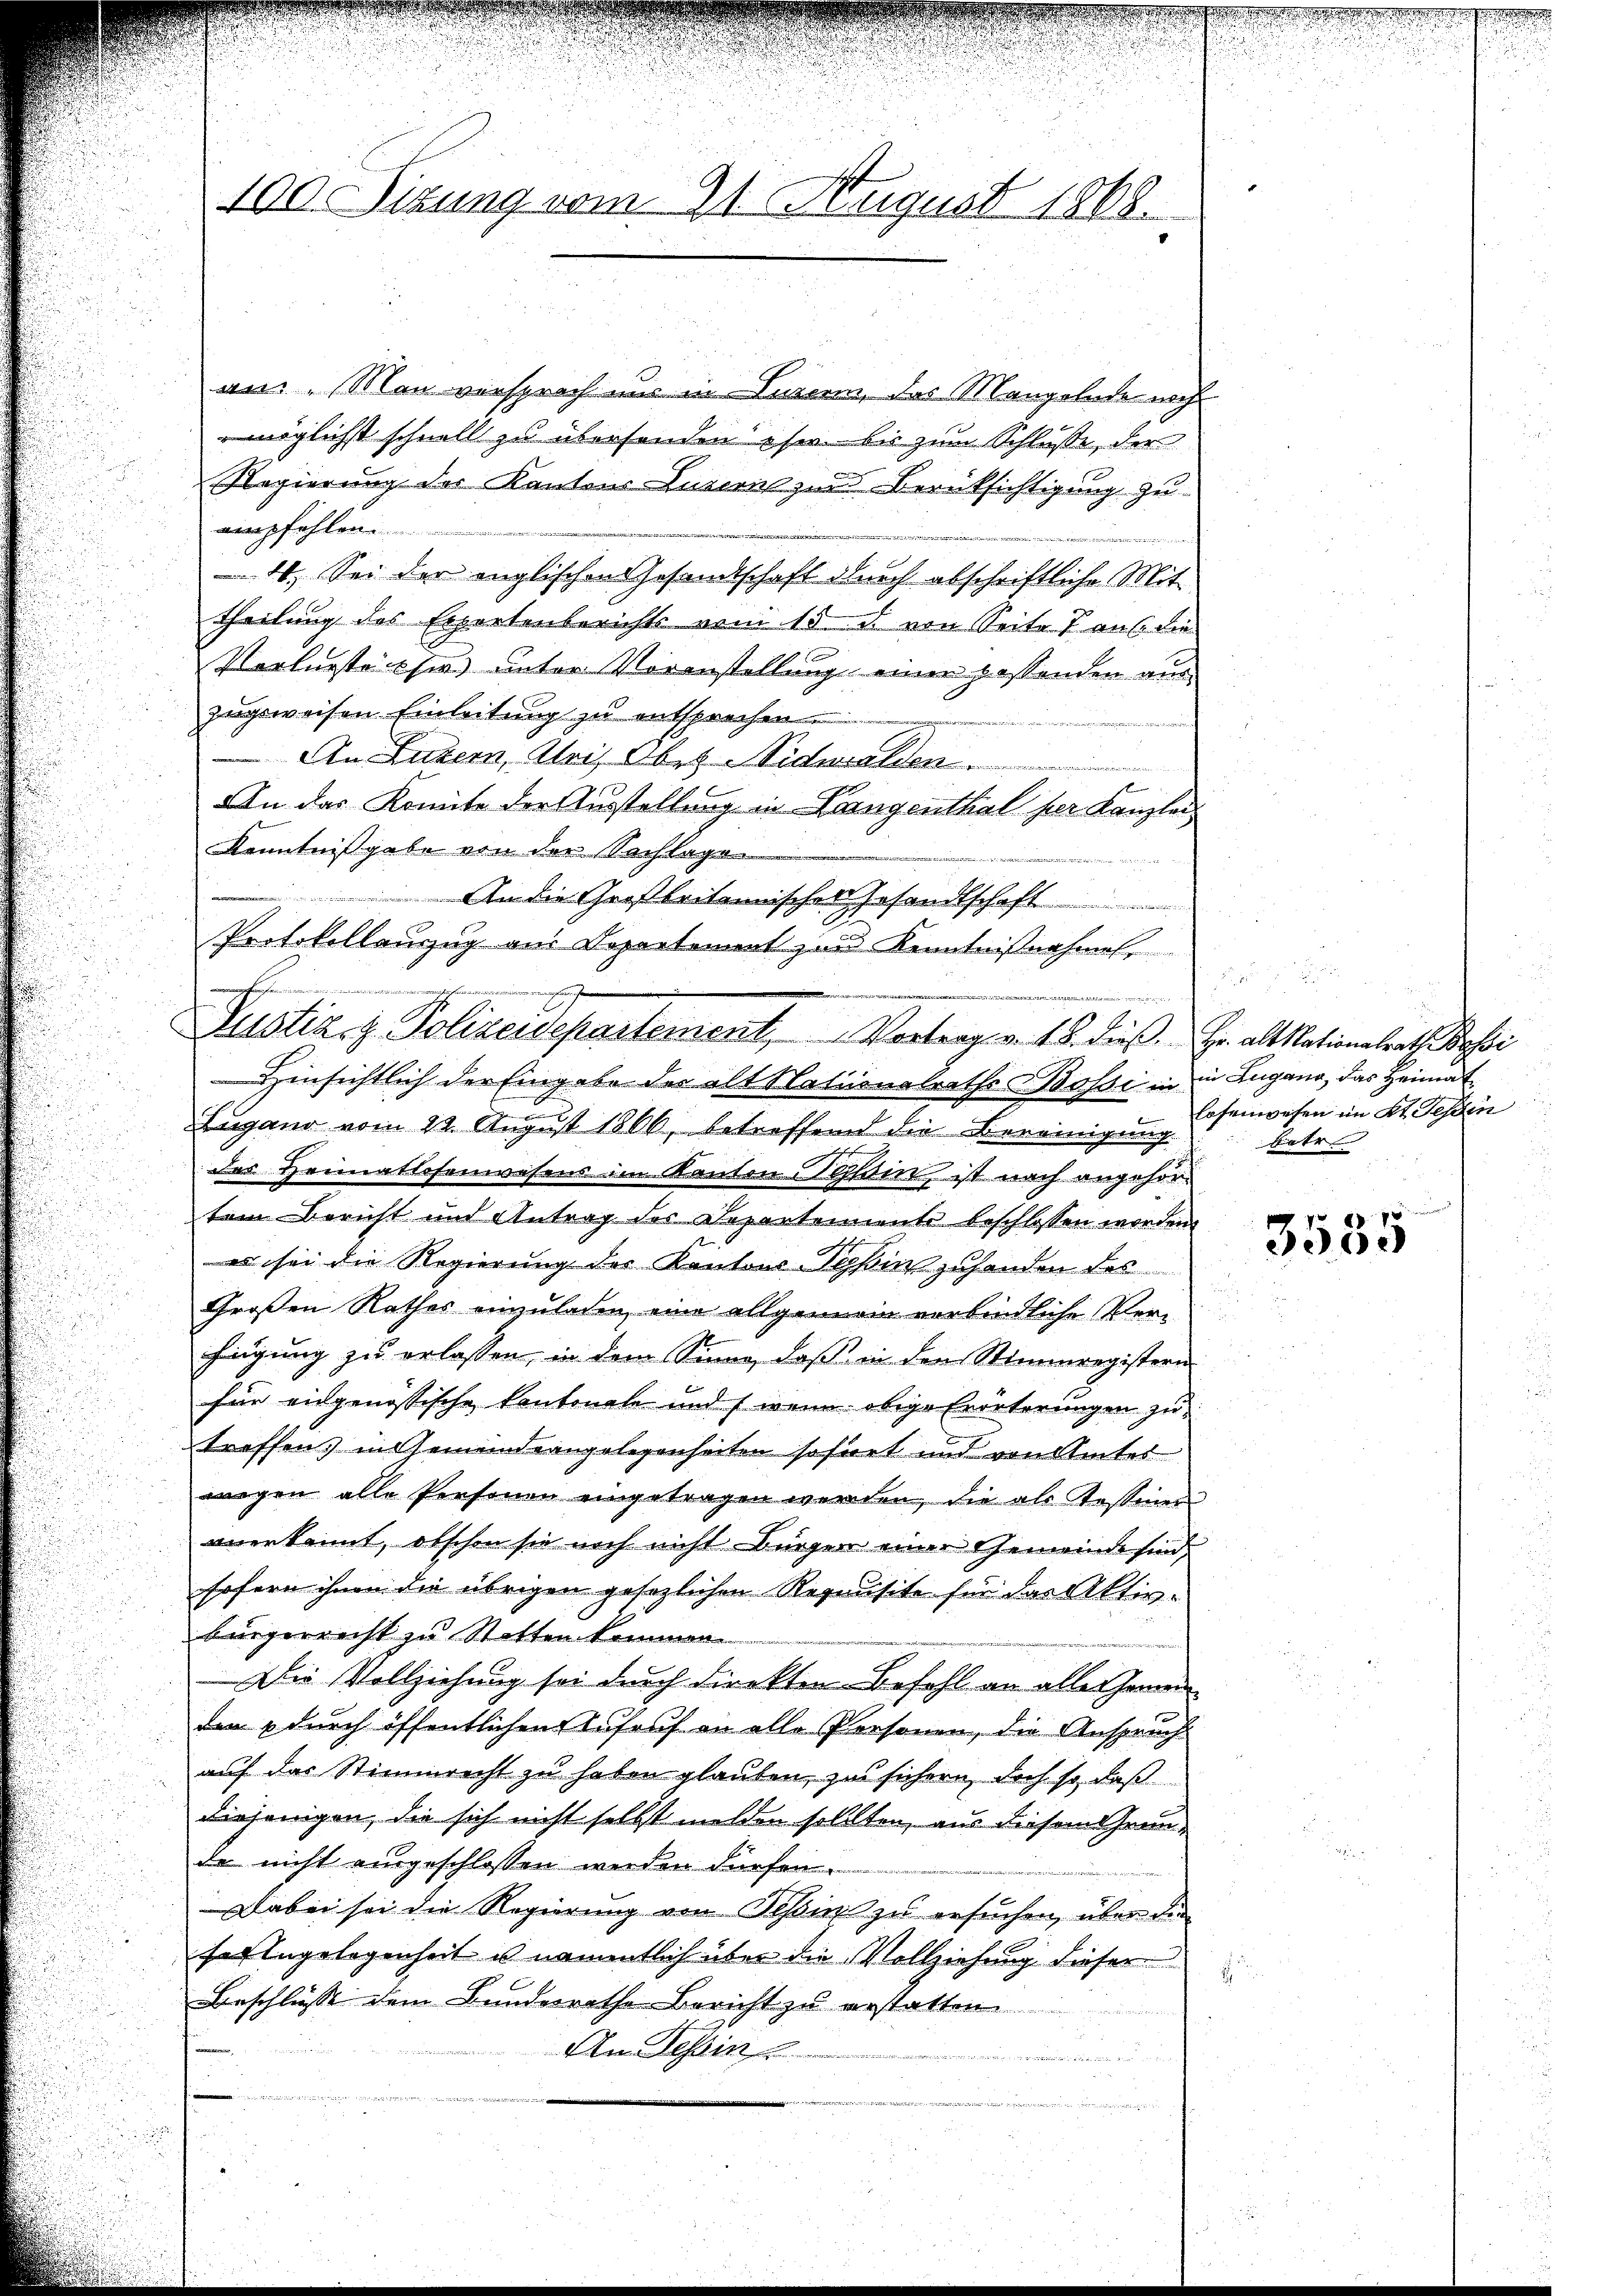
100. Sizung vom 21. August 1868.

b

an. Man versproch und in Luzern, das Mangelnde neh
möglichst schnell zu übersenden ihr bis zum Schluße, der
Regierung des Kantons Luzern zu Berücksichtigung zu
empfehlen.
4. Sei der englischen Gesandtschaft durch abschriftliche Mit
theilung des Expertenberichts vom 15. u. von Seite 7 aus die
Verlurstes sie unter Voranstellung einer passenden auszugeweisen Einleitung zu entsprechen.
An Luzern, Alois Ober-Nidwalden
An das Komite der Ausstellung in Vorgenthal per Kanzlei
Kenntnißgabe von der Sachlage
An die Großbritannischer Gesandtschaft
.
Lugano vom 29. August 1866, betreffend die Bereinigung losenwesen im Kt. Tessin
des Heimatlosenwesens im Kanton hin, ist nach angehörtem Bericht und Antrag des Departemente beschlossen worden.
es sei die Regierung der Kantons Tessin zuhanden des
¬
Großen Rathes einzuladen, eine allgemein verbindliche Verfügung zu erlassen, in dem Sinne, daß in den Stimmregistern
für eingenössische Kantonale und wenn obige Erörterungen zutreffens in Gemeindsangelegenheiten sofort und von Amtes
wegen alle Personen eingetragen werden, die als Testinen
anerkannt, obschon sie noch nicht Bürger einer Gemeinde sind,
sofern ihnen die übrigen gesezlichen Requisite für das Aktivbürgerrecht zu Stattenkommen.
Die Vollziehung sei durch direkten. Befehl an alles Geme
den durch öffentlichen Aufruf an alle Personen, die Anspruch
auf das Stimmrecht zu haben glauben, zu sichern, doch so daß
diejenigen, die sich nicht selbst melden sollten, aus diesem Grunde nicht eingeschlossen werden dürfen
Dabei sei die Regierung von Teßin zu ersuchen, über die
feingelegenheit u. namentlich über die Vollziehung dieser
2
Beschlüsse dem Bundesrathe Bericht zu erstatten
An Tessin
u

Protokollauzug aus Dopartement zur Kenntnißnahmel

Justiz & Polizeidepartement, Vortrag v. 15. dieß. Er als Nationalrath Besei
Hinsichtlich der Eingabe der alt Nationalraths Bossi in in Lugano, das Heimat

betr

3535

eeser den